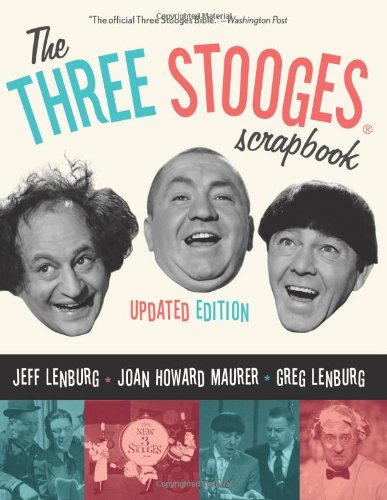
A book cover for The Three Stooges Scrapbook, Updated Edition; Jeff Lenburg; Humor & Entertainment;